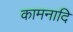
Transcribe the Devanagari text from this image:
कामनादि